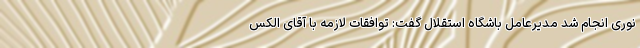
نوری انجام شد مدیرعامل باشگاه استقلال گفت: توافقات لازمه با آقای الکس